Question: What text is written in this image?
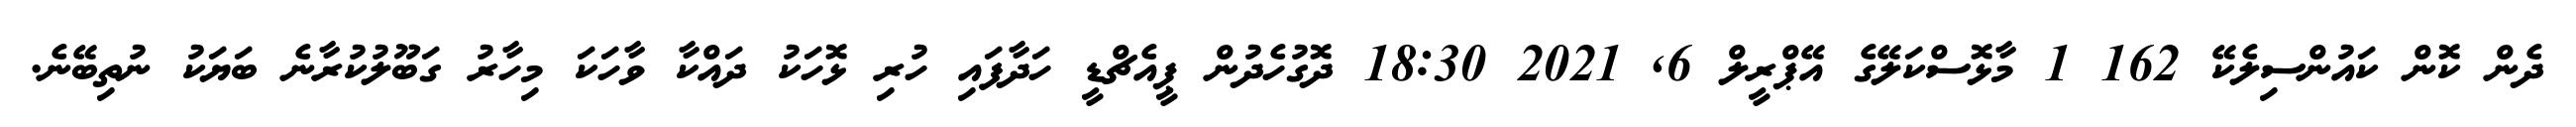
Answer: ދެން ކޮން ކައުންސިލެކޭ 162 1 މާޅޮސްކަލޭގެ އޭޕްރީލް 6, 2021 18:30 ދޮގުހެދުން ޕީއެޗްޑީ ހަދާފައި ހުރި ޅޮހަކު ދައްކާ ވާހަކަ މިހާރު ގަބޫލުކުރާނެ ބަޔަކު ނުތިބޭނެ.